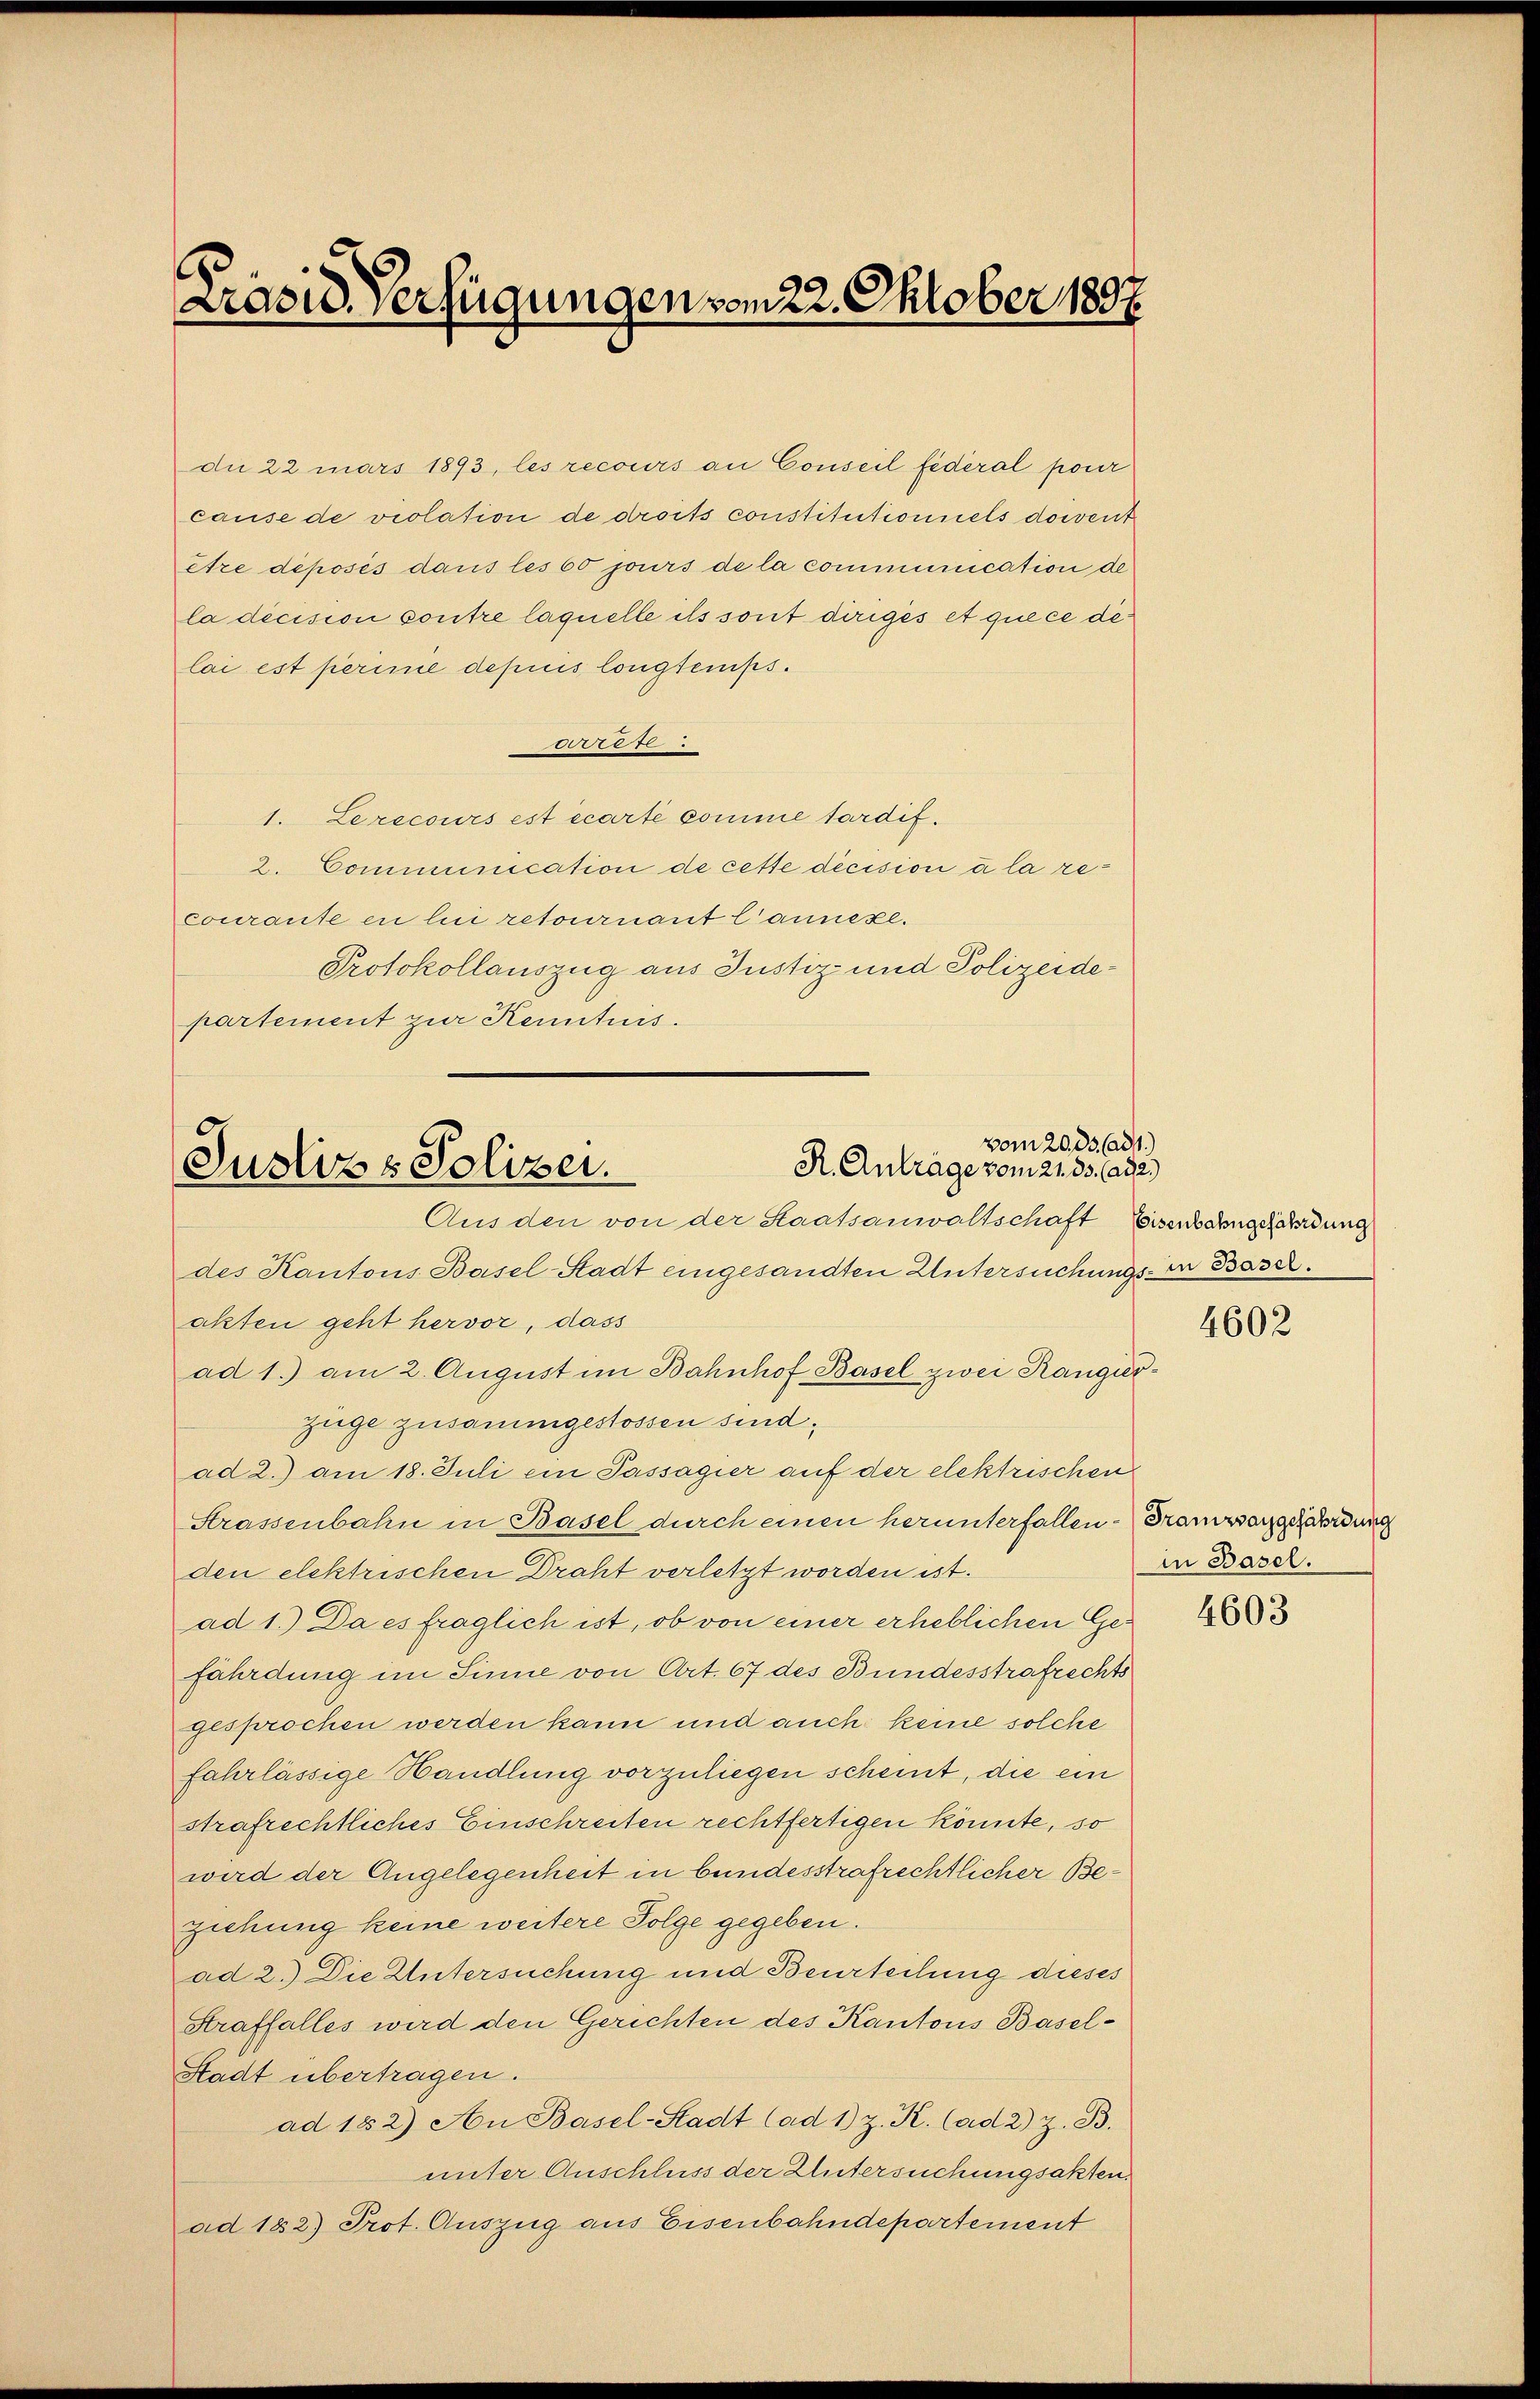
cause de violation de droits constitutionnels docent
être déposés dans les 60 jours de la communication de
la decision sontre laquelle ils sont dirigés et que ce dé
lai est perinie depuis longtemps.
252
1. Le recours est écarte somme tardif.
2. Communication de cette decision à la recourante en lui retournant l’annexe.
Protokollauszug aus Justiz- und Polizeidepartement zur Kenntnis.

Präsid. Verfügungen vom 22. Oktober 1807.

dn 22 mars 1893, les recours an Conseil fédéral pour

vom 20. 33. ad 1.)
R. Anträge vom 21. 33. ad 2.)
Justiz & Polizei.
Aus den von der Staatsanwaltschaft Eisenbahngefährdung

des Kantons Basel-Stadt eingesandten Untersuchungs- in Basel.
akten geht hervor, dass
ad 1.) am 2. August im Bahnhof Basel zwei Rangirzüge zusammgestossen sind.
ad 2.) am 18. Juli ein Passagier auf der elektrischen
Strassenbahn in Basel durch einen herunterfallen. Franzsangefährdung
den elektrischen Draht verletzt worden ist.
ad 1.) Da es fraglich ist, ob von einer erheblichen Gefährdung im Sinne von Art. 67 des Bundesstrafrechts
gesprochen werden kann und auch keine solche
fahrlässige Handlung vorzuliegen scheint, die ein
strafrechtliches Einschreiten rechtfertigen könnte, so
wird der Angelegenheit in bundesstrafrechtlicher Beziehung keine weitere Folge gegeben.
ad 2.) Die Untersuchung und Beurteilung dieses
Straffalles wird den Gerichten des Kantons Basel¬
Stadt übertragen.
ad 182) An Basel-Stadt (ad 1) z. R. (ad 2) z. B.
unter Anschluss der Untersuchungsakten.
ad 182) Prot. Auszug aus Eisenbahndepartement

4602

in Basel.

4603